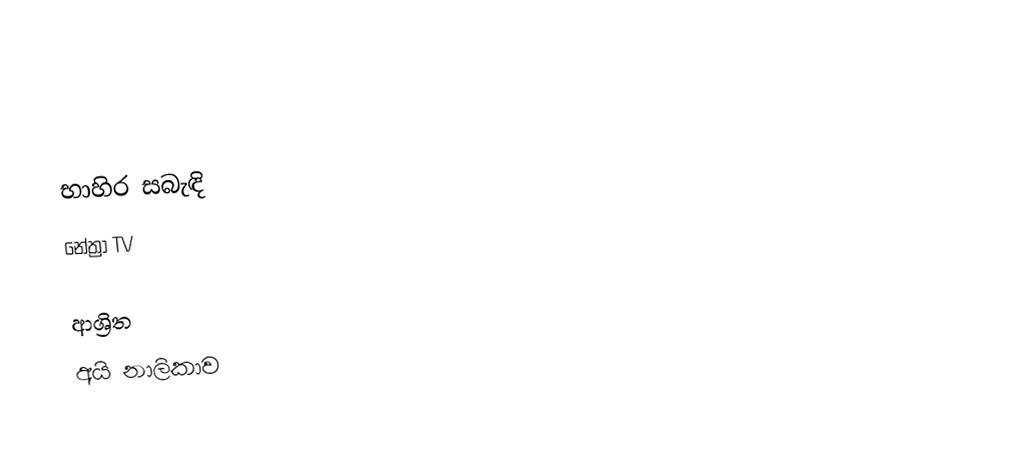

භාහිර සබැඳි
 නේත්‍රා TV

ආශ්‍රිත
 අයි නාලිකාව